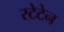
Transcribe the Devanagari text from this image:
स्टेटेन